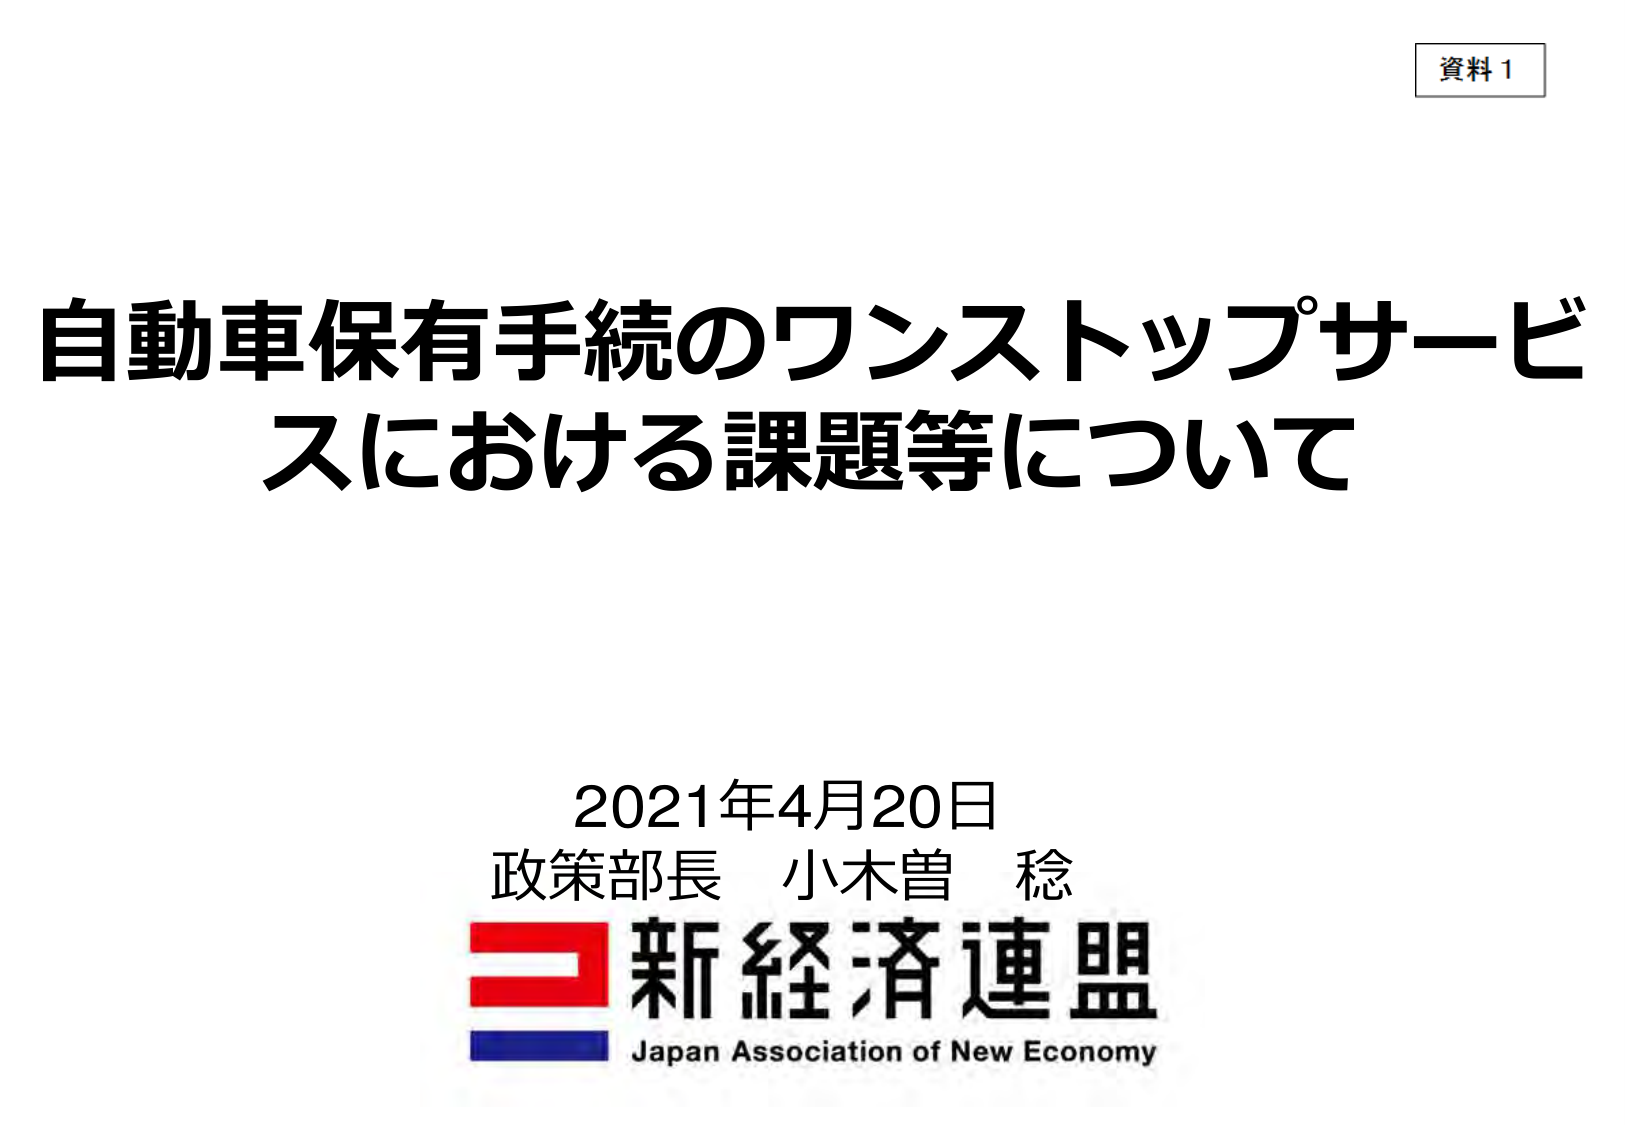
資料1

自動車保有手続のワンストップサービスにおける課題等について

2021年4月20日
政策部長 小木曽 稔

新経済連盟
Japan Association of New Economy